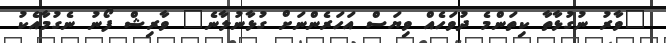
"ވާރު ނުގުޅާތާ ކިތަންމެ ދުވަހެއް ވިޔަސް އަހަރެންނަށް ގުޅާނުލާނެ" ވާރިޝް ފޯނު ނެގުމާއެކު